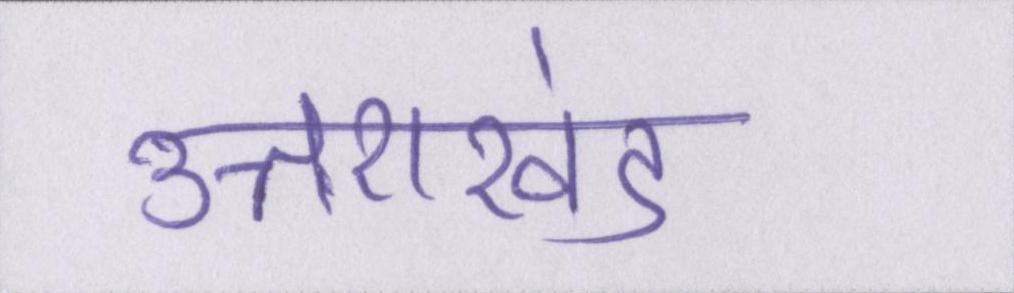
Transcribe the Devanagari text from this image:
उत्तराखंड